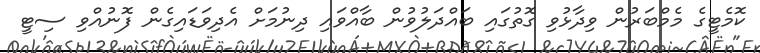
ކޮމެޓީގެ މެމްބަރުން ވިދާޅުވި ގޮތުގައި ބައްދަލުވުން ބާއްވައި ދިނުމަށް އެދިވަޑައިގެން ފޮނުއްވި ސިޓީ